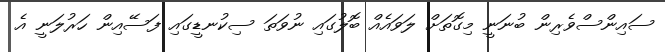
ސައިންސްވެރިން ބުނަނީ މިގޮތަށް ލަވައެއް ބޮލުގައި ނުވަތަ ސިކުނޑީގައި ފަސޭއިން ހަރުލަނީ އެ